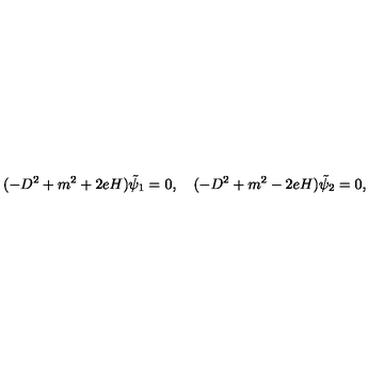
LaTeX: ( - D ^ { 2 } + m ^ { 2 } + 2 e H ) \tilde { \psi } _ { 1 } = 0 , \quad ( - D ^ { 2 } + m ^ { 2 } - 2 e H ) \tilde { \psi } _ { 2 } = 0 ,